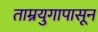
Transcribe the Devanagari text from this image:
ताम्रयुगापासून